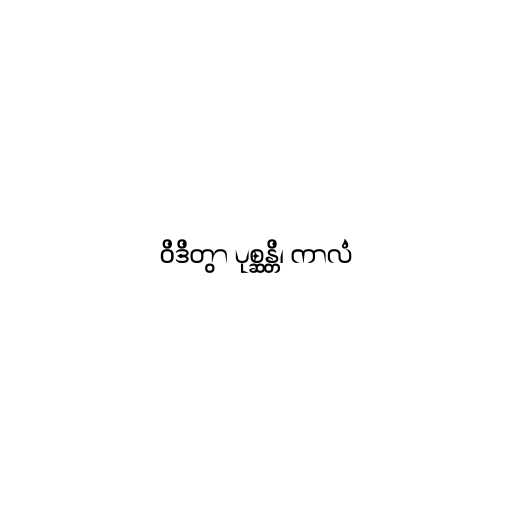
ဝိဒိတွာ ပုစ္ဆန္တိ၊ ကာလံ